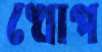
খোপ